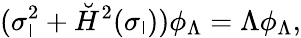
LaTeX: (\sigma_{\mathsf{l}}^{2}+\breve{{H}}^{2}(\sigma_{\mathsf{l}}))\phi_{\Lambda}=\Lambda\phi_{\Lambda},